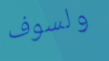
ولسوف